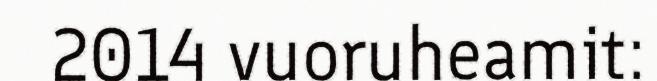
2014 vuoruheamit: